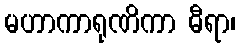
မဟာကာရုဏိကာ ဓီရာ၊